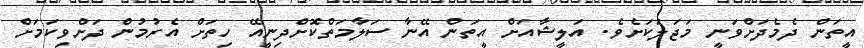
އީތަން ދެމެދަށްވަނީ މަޖަލަކަށެވެ. އަލީޝާއަށް އީތަން އޭނާ ސަލާމަތްކޮށްދިނީއޭ ހިތަށް އެރުމުން ދަށްވިކަމަށް